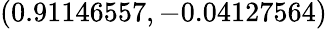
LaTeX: (0.91146557,-0.04127564)